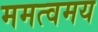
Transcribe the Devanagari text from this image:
ममत्वमय